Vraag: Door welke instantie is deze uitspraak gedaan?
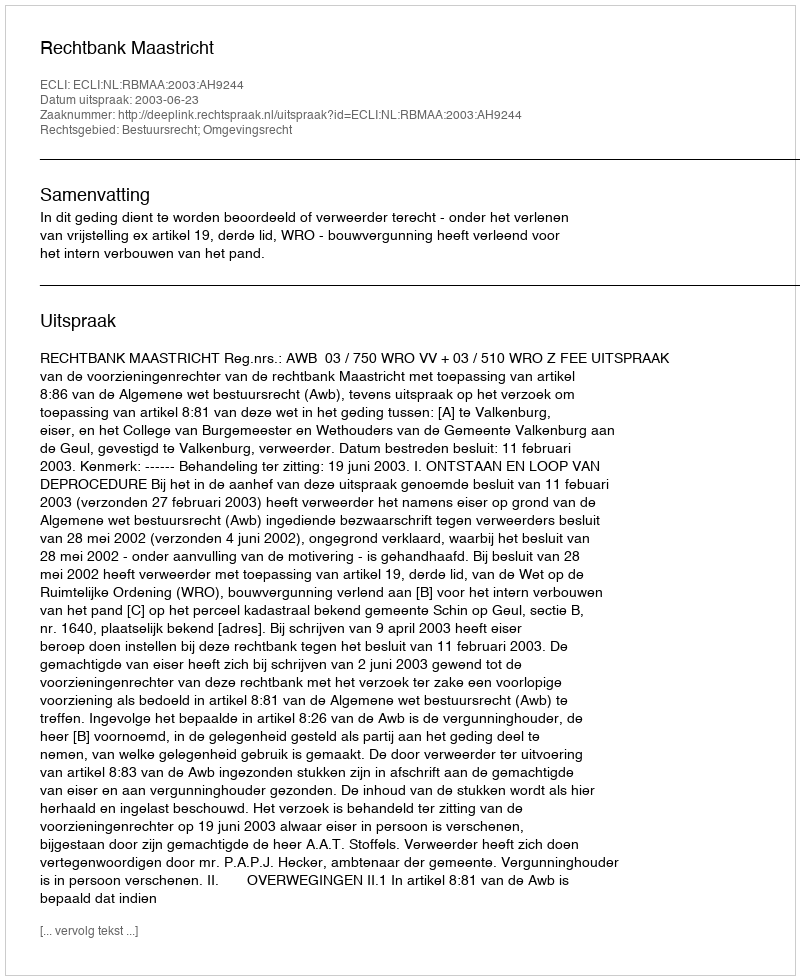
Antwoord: Rechtbank Maastricht